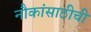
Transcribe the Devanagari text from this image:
नौकांसाठीची